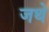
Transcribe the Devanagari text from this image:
जथे